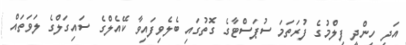
އަދި ހިންދީ ފިލްމުގެ ފުރަތަމަ ސުޕަސްޓާގެ ގޮތުގައި ބެލެވިފައިވާ ކޭއެލްގެ ސައިގަލްގެ ލަވަތައް